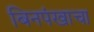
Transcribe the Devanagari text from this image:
बिनपंखाचा